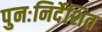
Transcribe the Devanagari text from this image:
पुनःनिर्देशित